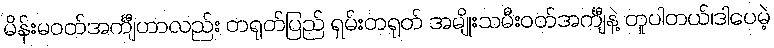
မိန်းမဝတ်အင်္ကျီဟာလည်း တရုတ်ပြည် ရှမ်းတရုတ် အမျိုးသမီးဝတ်အင်္ကျီနဲ့ တူပါတယ်၊ဒါပေမဲ့